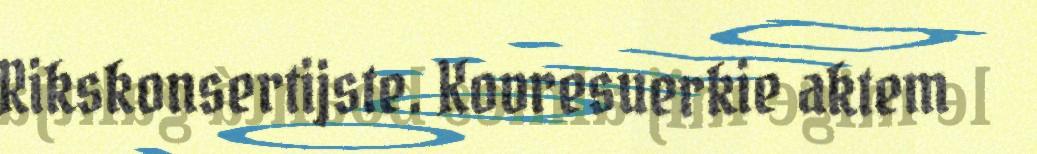
Rikskonsertijste. Kovresuerkie aktem